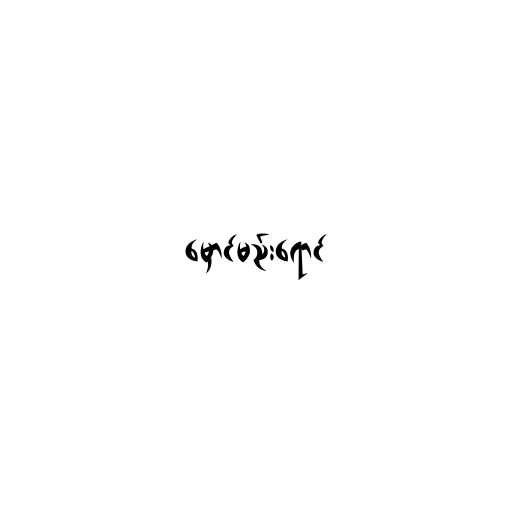
မှောင်မည်းရောင်